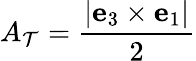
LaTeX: A_{\mathcal{T}}=\frac{|\textbf{e}_{3}\times\textbf{e}_{1}|}{2}